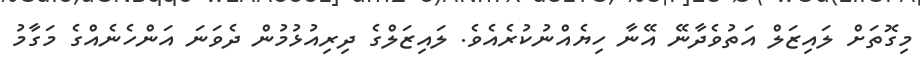
މިގޮތަށް ލައިޒަލް އަތުވެދާނޭ އޭނާ ހިޔެއްނުކުރެއެވެ. ލައިޒަލްގެ ދިރިއުޅުމުން ދެވަނަ އަންހެނެއްގެ މަގާމު